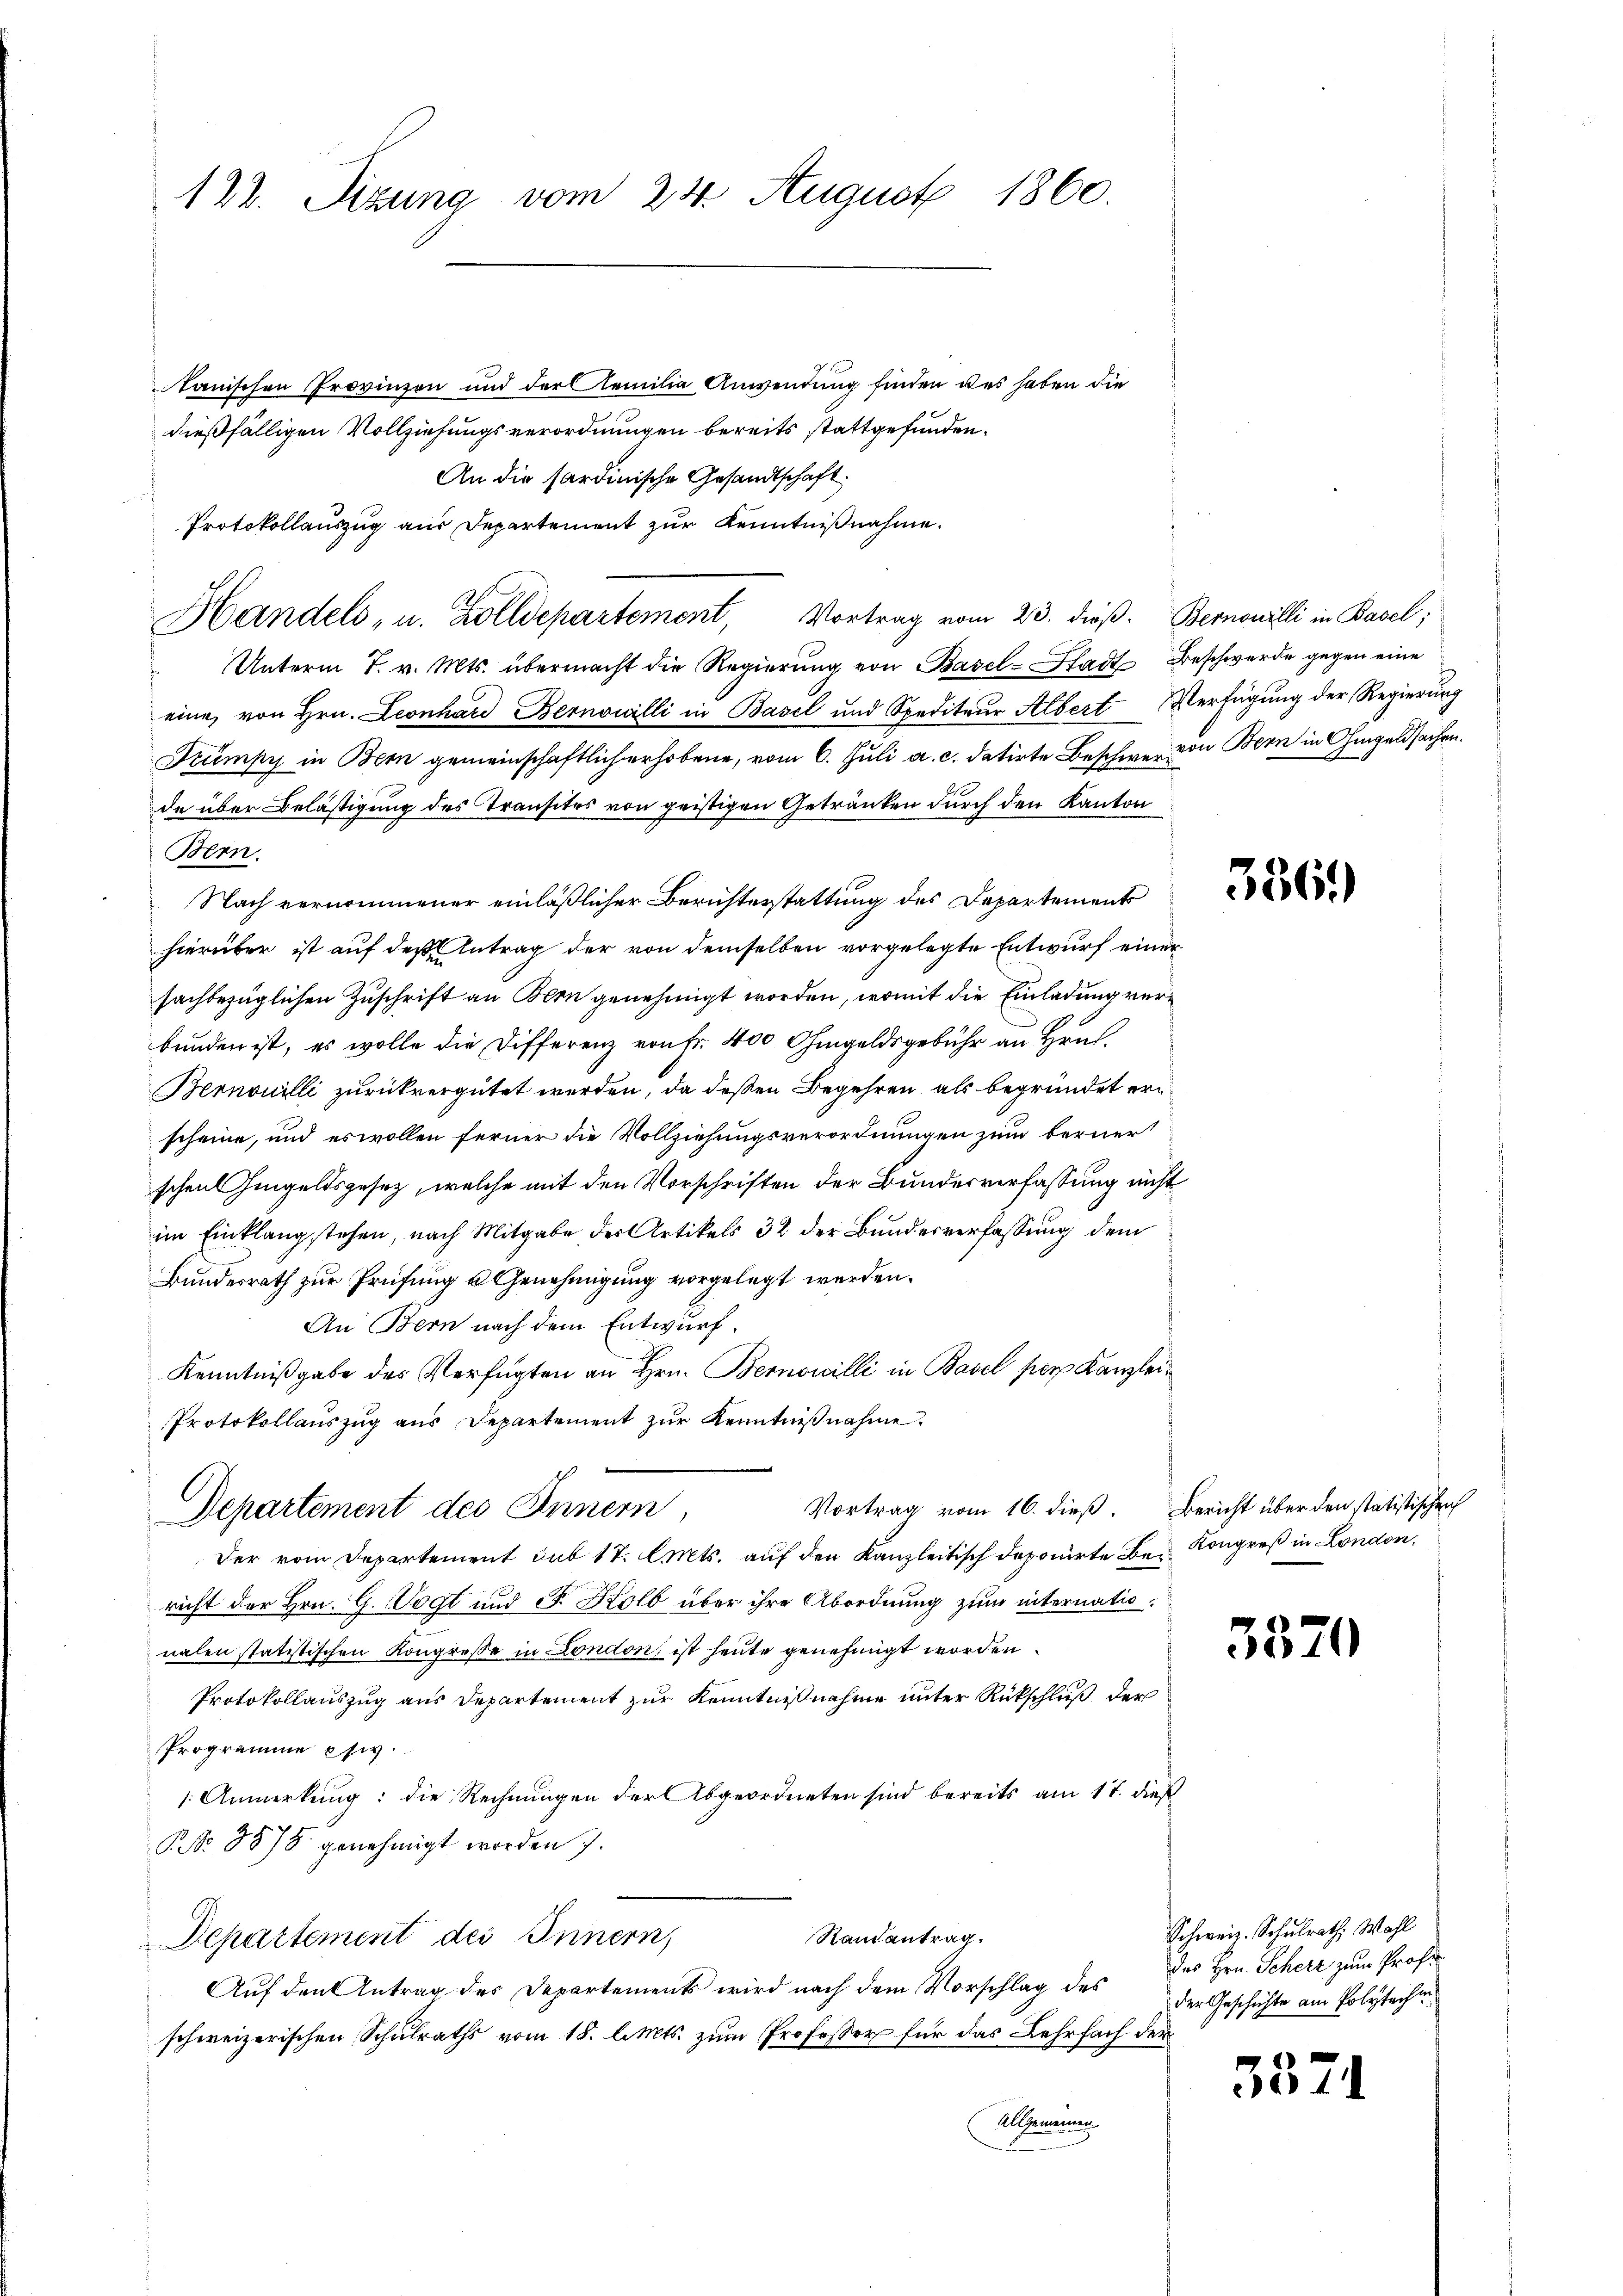
122. Sizung vom 24. August 1860.

tanischen Provinzen und der Familia Anwendung finden des haben die
dießfälligen Vollziehungsverordnungen bereits stattgefunden.
An die sardinische Gesandtschaft,
Unterm 7. v. Mts. übermacht die Regierŭng von Basel-Stadt Beschwerde gegen eine
eine, von Hrn. Leonhard Bernowilli in Basel und Spediteur Albert Verfügung der Regierung
Trümpy in Bern gemeinschaftlich erhobene, vom 6. Juli a. c. datirte Beschwer von Bern in Ohmgeldsachen.
de über Belästigung des Transites von geistigen Getränken durch den Kanton
Bern.
Nach vernommener einläßlicher Berichterstattung des Departements
hierüber ist auf des Antrag der von demselben vorgelegte Entwurf einer
sachbezüglichen Zuschrift an Bern genehmigt worden, womit die Einladung verbunden ist, es wolle die Differenz von Fr. 400 Ohmgeldsgebühr an Hrn.
Bernouilli zurückvergütet werden, da deßen Begehren, als begründet erscheine, und es wollen ferner die Vollziehungsverordnungen zum bernert
scheil hingeldsgesetz, welche mit den Vorschriften der Bundesverfassung nicht
im Einklang stehen, nach Mitgabe der Artikels 32 der Bundesverfassung dem
Bundesrath zur Prüfung u. Genehmigung vorgelegt werden.
An Bern nach dem Entwurf.
Kenntnißgabe des Verfügten an Hrn. Bernowilli in Basel per Kanzlei¬
Protokollauszug aus Departement zur Kenntnißnahme.
Vortrag vom 16. dieß. Bericht über den statistischen
Departement des Innern
Der vom Departement sub 17. Cts. auf den Kanzleitisch deponirte Be- Kongreß in London,
richt der Hrn. G. Vogt und F. Kolb über ihre Abordnung zum internationalen statistischen Kongresse in London, ist heute genehmigt worden.
Protokollauszug aus Departement zur Kenntnißnahme unter Rückschluß der
Programme etw
1 Anmerkung: die Rechnungen der Abgeordneten sind bereits am 17. dieß
NNo. 3578. genehmigt worden 7.
Randantrag.
Departement des Innern,
Auf den Antrag des Departements wird nach dem Vorschlag des
schweizerischen Schulraths vom 18. l. Mts. zum Professor für das Lehrfach der
(Allgemeinen

Protokollauszug aus Departement zur Kenntnißnahme.
Handels- u. Zolldepartemont, Vortrag vom 23. dieß. Bernowilli in Basel;

3361)

3370

3379

Schweiz. Schulrath Wahl
des Hrn. Scherz zum Prof.
der Geschichte am Polytechen